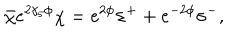
LaTeX: \bar { \chi } e ^ { 2 \gamma _ { 5 } \phi } \chi = e ^ { 2 \phi } \sigma ^ { + } + e ^ { - 2 \phi } \sigma ^ { - } ,